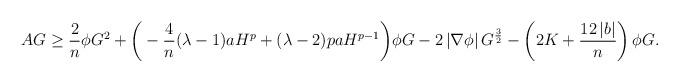
LaTeX: \begin{align*}AG & \geq \frac{2}{n}\phi G^{2} +\bigg(-\frac{4}{n}(\lambda -1)aH^{p}+(\lambda -2)paH^{p-1}\bigg)\phi G-2\left\vert \nabla\phi \right\vert G^{\frac{3}{2}}-\left(2K+\frac{12\left\vert b \right\vert}{n}\right)\phi G.\end{align*}